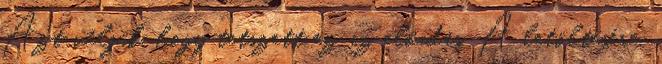
Azt véljük, hogy tetszett ez az előadás. A letöltésére,